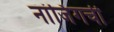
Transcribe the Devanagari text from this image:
नांजिंगची